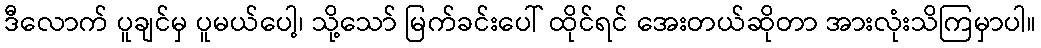
ဒီလောက် ပူချင်မှ ပူမယ်ပေါ့၊ သို့သော် မြက်ခင်းပေါ် ထိုင်ရင် အေးတယ်ဆိုတာ အားလုံးသိကြမှာပါ။